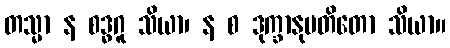
တသ္မာ န စဒ္ဓဂူ သိယာ၊ န စ ဒုက္ခာနုပတိတော သိယာ။